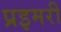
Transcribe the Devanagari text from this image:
प्रइमरी